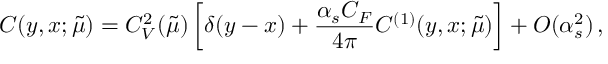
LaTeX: C ( y , x ; \tilde { \mu } ) = C _ { V } ^ { 2 } ( \tilde { \mu } ) \left[ \delta ( y - x ) + { \frac { \alpha _ { s } C _ { F } } { 4 \pi } } C ^ { ( 1 ) } ( y , x ; \tilde { \mu } ) \right] + O ( \alpha _ { s } ^ { 2 } ) \, ,